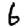
Digit: 6